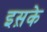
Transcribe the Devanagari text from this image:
इस़के